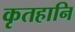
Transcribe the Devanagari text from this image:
कृतहानि